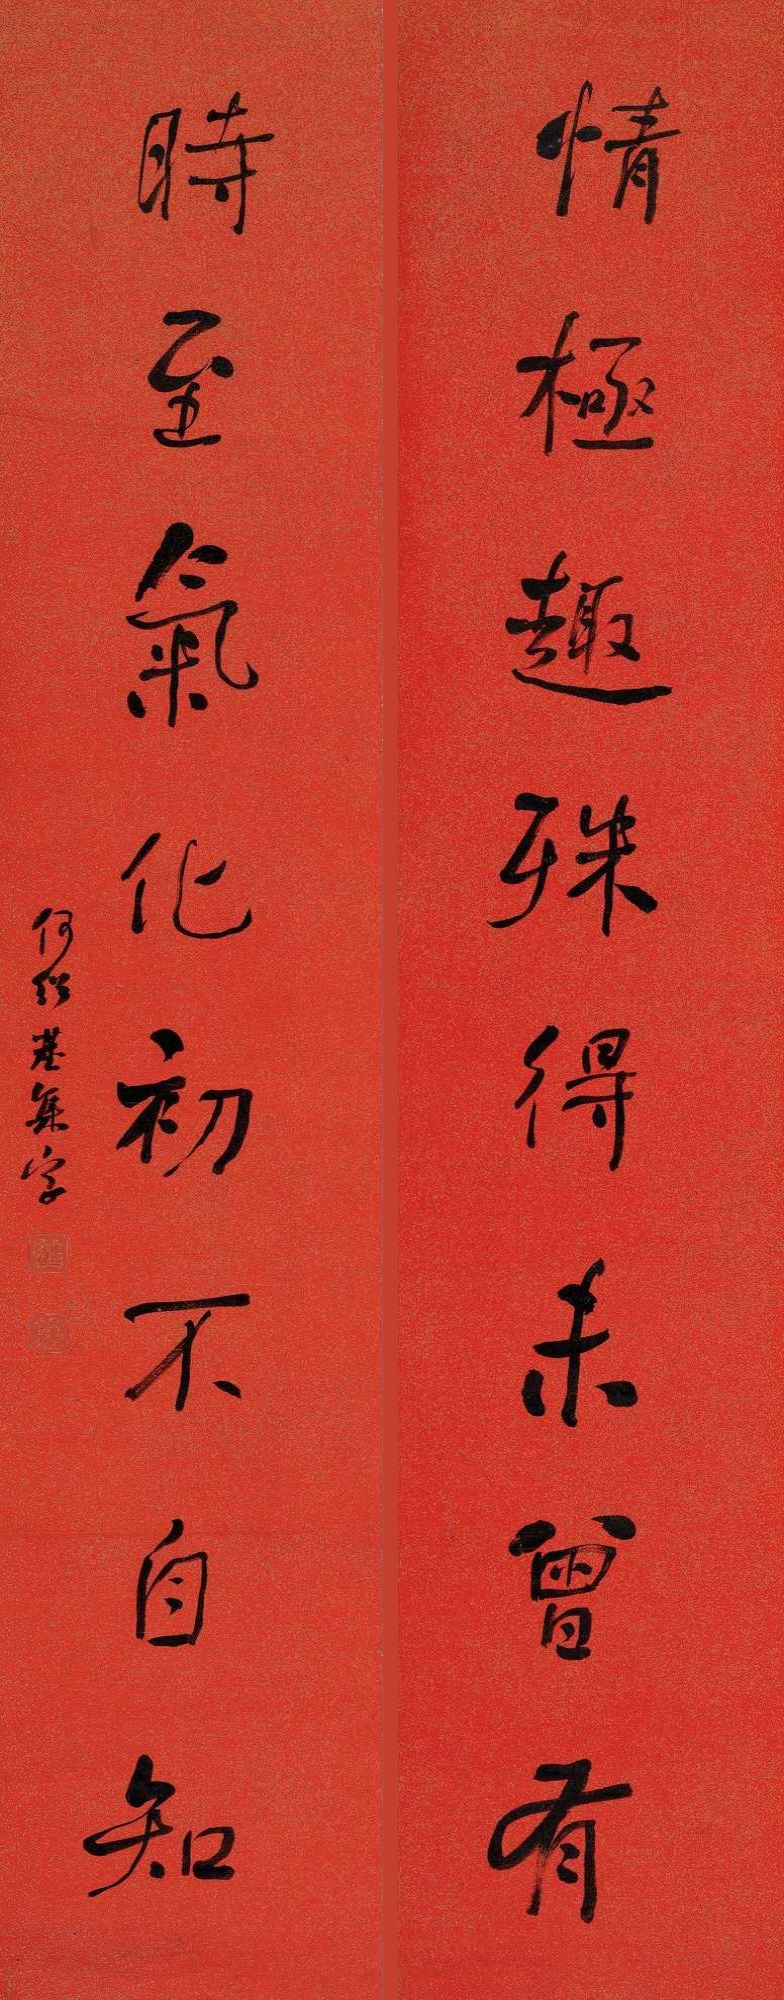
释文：情极趣殊得未曾有，时至气化初不自知。何绍基集字。